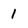
Character: 1